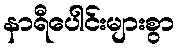
နာရီပေါင်းများစွာ